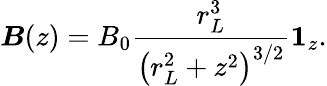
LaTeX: \boldsymbol{B}(z)=B_{0}\frac{r_{L}^{3}}{\left(r_{L}^{2}+z^{2}\right)^{3/2}}\boldsymbol{1}_{z}.